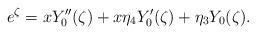
LaTeX: \begin{align*} e^{\zeta} = x Y_0''(\zeta) + x \eta_4 Y_0'(\zeta) + \eta_3 Y_0( \zeta ).\end{align*}